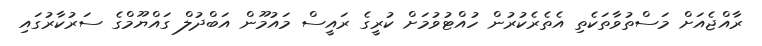
ރާއްޖެއަށް މަސްތުވާތަކެތި އެތެރެކުރުން ހުއްޓުވުމަށް ކުރީގެ ރައީސް މައުމޫން އަބްދުލް ގައްޔޫމްގެ ސަރުކާރުގައި